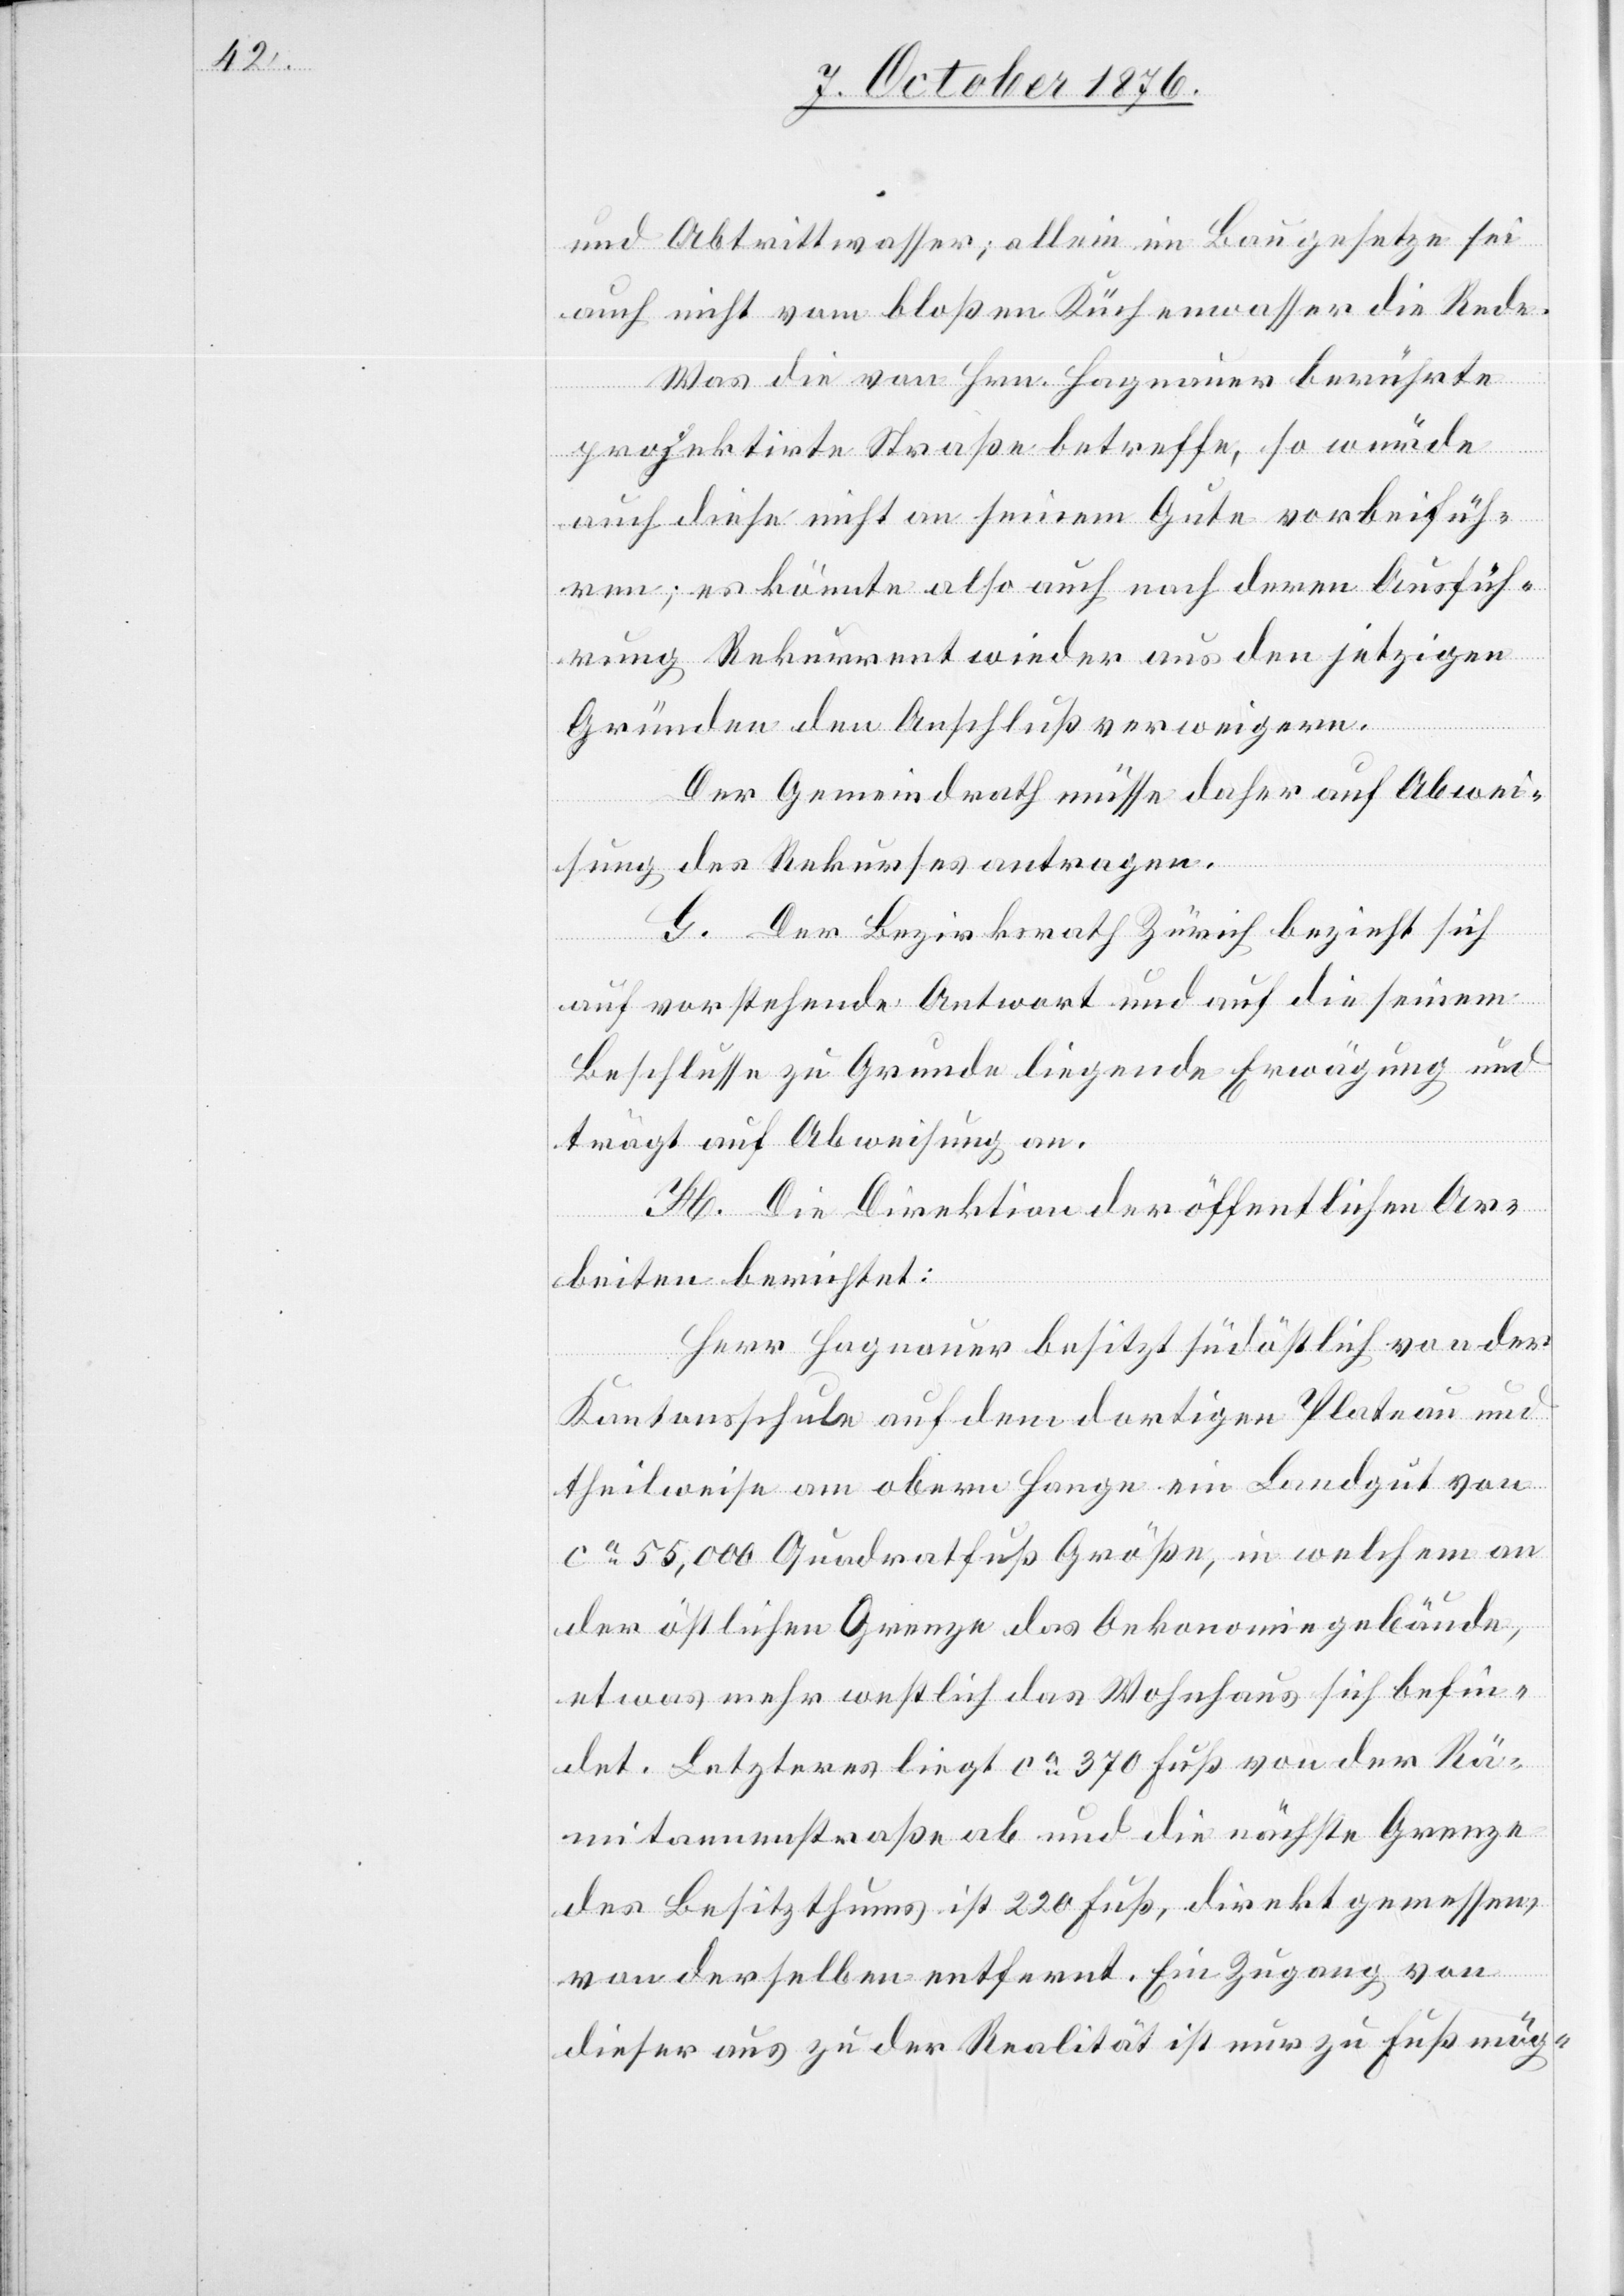
und Abtrittwasser; allein im Baugesetze sei
auch nicht vom bloßen Küchenwasser die Rede.
Was die von Hrn. Hagnauer berührte
projektirte Straße betreffe, so würde
auch diese nicht an seinem Gute vorbeifüh¬
ren; es könnte also auch nach deren Ausfüh¬
rung Rekurrent wieder aus den jetzigen
Gründen den Anschluß verweigern.
Der Gemeindrath müsse daher auf Abwei¬
sung des Rekurses antragen.
G. Der Bezirksrath Zürich bezieht sich
auf vorstehende Antwort und auf die seinem
Beschlusse zu Grunde liegende Erwägung und
trägt auf Abweisung an.
H. Die Direktion der öffentlichen Ar¬
beiten berichtet:
Herr Hagnauer besitzt südöstlich von der
Kantonsschule auf dem dortigen Plateau und
theilweise am obern Hange ein Landgut von
ca 55,000 Quadratfuß Größe, in welchem an
der östlichen Grenze das Oekonomiegebäude,
etwas mehr westlich das Wohnhaus sich befin¬
det. Letzteres liegt ca 370 Fuß von der Rä¬
mitannenstraße ab und die nächste Grenze
des Besitzthums ist 220 Fuß, direkt gemessen,
von derselben entfernt. Ein Zugang von
dieser aus zu der Realität ist nur zu Fuß mög-